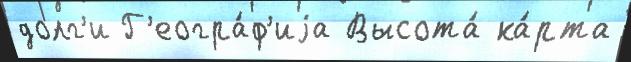
долг'и Г'еогра́ф'иjа Высота́ ка́рта